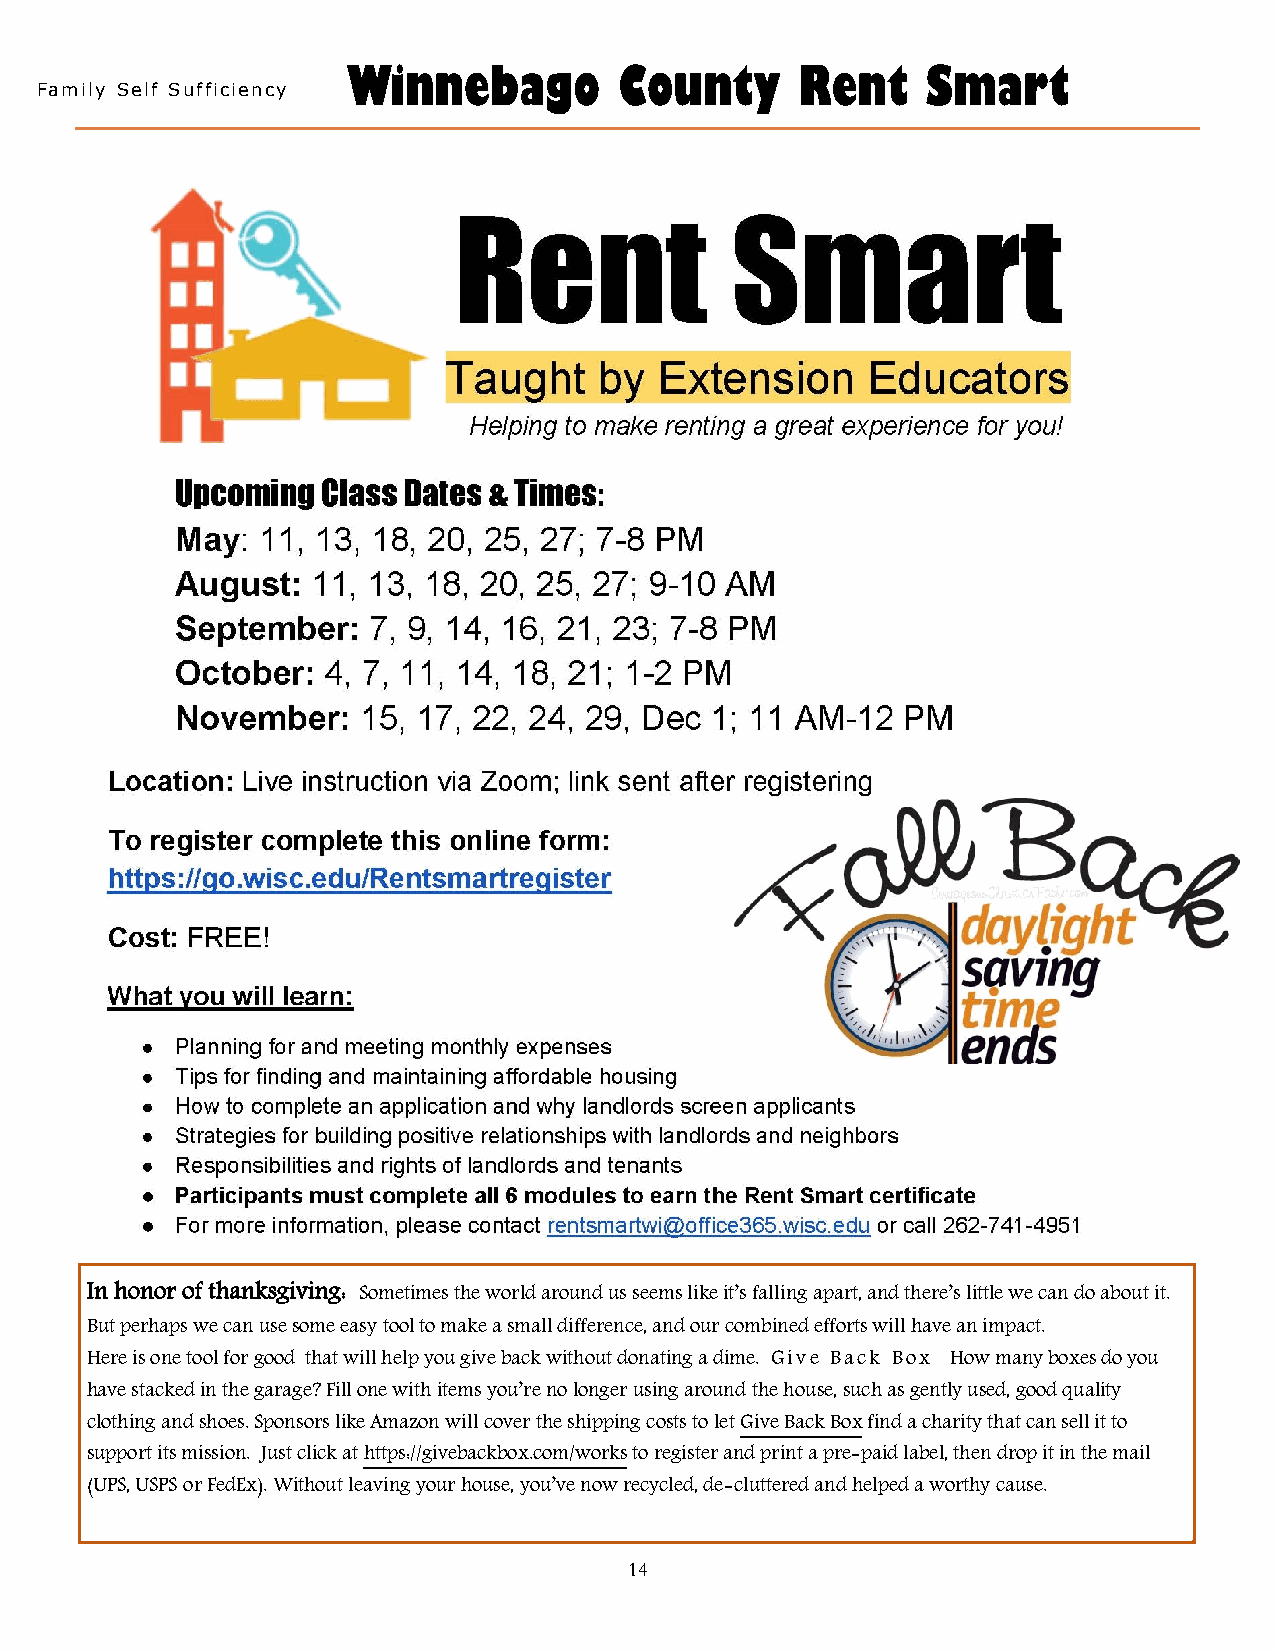
Winnebago         County      Rent    Smart
 Family Self Sufficiency
 In honor of thanksgiving: Sometimes the world around us seems like it’s falling apart, and there’s little we can do about it.
 But perhaps we can use some easy tool to make a small difference, and our c ombined efforts will have an impact.
 Here is one tool for good that will help you give back without donating a dime. Give Back Box How many boxes do you
 have stacked in the garage? Fill one with items you’re no longer using around the house, such as gently used, good quality
 clothing and shoes. Sponsors like Amazon will cover the shipping costs to let Give Back Box find a charity that can sell it to
 support its mission. Just click at https://givebackbox.com/works to register and print a pre-paid label, then drop it in the mail
 (UPS, USPS or FedEx). Without leaving your house, you’ve nowi recycled, de-cluttered and helped a worthy cause.
 14